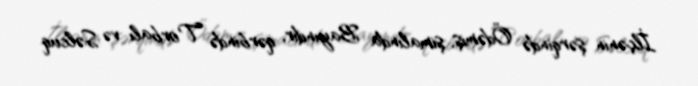
İlçənin şərqində Ödəmiş, şimalında Bayındır, qərbində Torbalı və Səlcuq